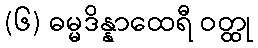
(၆) ဓမ္မဒိန္နာထေရီ ဝတ္ထု